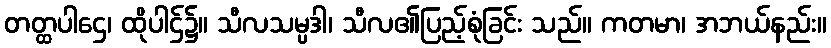
တတ္ထပါဌေ၊ ထိုပါဌ်၌။ သီလသမ္ပဒါ၊ သီလ၏ပြည့်စုံခြင်း သည်။ ကတမာ၊ အဘယ်နည်း။